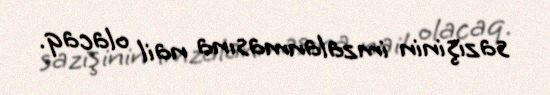
sazişinin imzalanmasına nail olacaq.